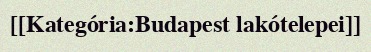
[[Kategória:Budapest lakótelepei]]